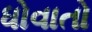
ધોવાતો